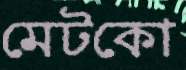
মেটকো